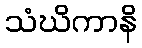
သံဃိကာနိ